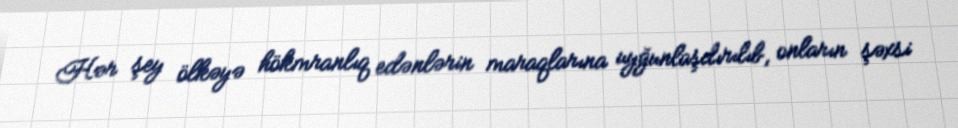
Hər şey ölkəyə hökmranlıq edənlərin maraqlarına uyğunlaşdırılıb, onların şəxsi